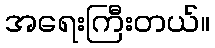
အရေးကြီးတယ်။